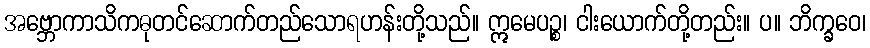
အဗ္ဘောကာသိကဓုတင်ဆောက်တည်သောရဟန်းတို့သည်။ ဣမေပဉ္စ၊ ငါးယောက်တို့တည်း။ ပ။ ဘိက္ခဝေ၊